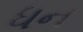
ધન